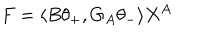
F = \langle B \theta _ { + } , G _ { A } \theta _ { - } \rangle X ^ { A }